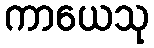
ကာယေသု